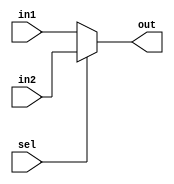
module mux2 #(parameter WIDTH = 4)(
	input [WIDTH-1:0] in2, in1,
	input sel,
	output [WIDTH-1:0] out);
	
	assign out = sel? in2:in1;
endmodule